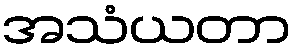
အသံယတာ